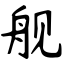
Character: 舰